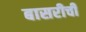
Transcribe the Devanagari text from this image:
बासरीची